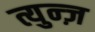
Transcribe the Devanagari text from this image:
त्युन्ज़